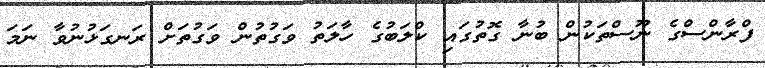
ފްރާންސްގެ ނޫސްތަކުން ބުނާ ގޮތުގައި ކްލަބުގެ ހާލަތު ވަގުތުން ވަގުތަށް ރަނގަޅުނުވާ ނަމަ